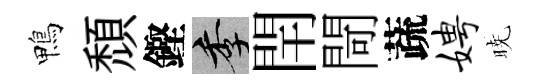
鴨頹鏗季閈閜蔬娉暁